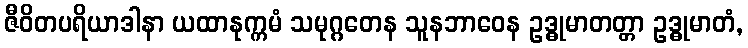
ဇီဝိတပရိယာဒါနာ ယထာနုက္ကမံ သမုဂ္ဂတေန သူနဘာဝေန ဥဒ္ဓုမာတတ္တာ ဥဒ္ဓုမာတံ,